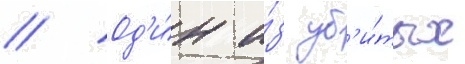
// Од'и́н и́з уб'и́тых